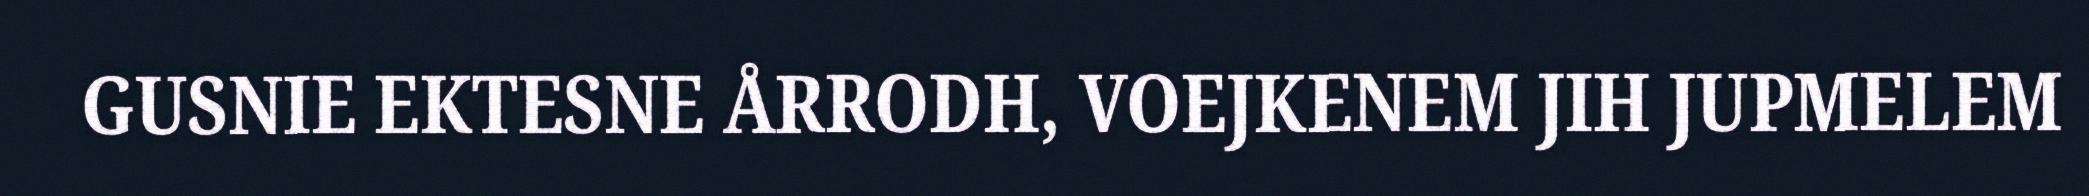
GUSNIE EKTESNE ÅRRODH, VOEJKENEM JIH JUPMELEM